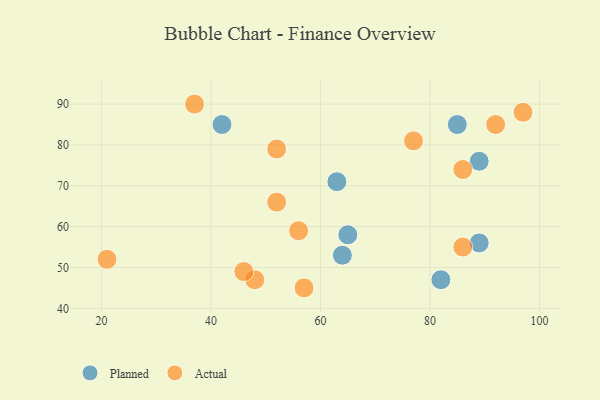
{"axis": {"x": "GDP", "y": "Life Expectancy"}, "legend": ["Actual", "Planned"], "data": [{"x": "42", "y": 85, "type": "Planned"}, {"x": "89", "y": 56, "type": "Planned"}, {"x": "89", "y": 76, "type": "Planned"}, {"x": "85", "y": 85, "type": "Planned"}, {"x": "63", "y": 71, "type": "Planned"}, {"x": "64", "y": 53, "type": "Planned"}, {"x": "82", "y": 47, "type": "Planned"}, {"x": "65", "y": 58, "type": "Planned"}, {"x": "48", "y": 47, "type": "Actual"}, {"x": "21", "y": 52, "type": "Actual"}, {"x": "77", "y": 81, "type": "Actual"}, {"x": "52", "y": 79, "type": "Actual"}, {"x": "56", "y": 59, "type": "Actual"}, {"x": "86", "y": 55, "type": "Actual"}, {"x": "52", "y": 66, "type": "Actual"}, {"x": "97", "y": 88, "type": "Actual"}, {"x": "37", "y": 90, "type": "Actual"}, {"x": "86", "y": 74, "type": "Actual"}, {"x": "57", "y": 45, "type": "Actual"}, {"x": "92", "y": 85, "type": "Actual"}, {"x": "46", "y": 49, "type": "Actual"}]}